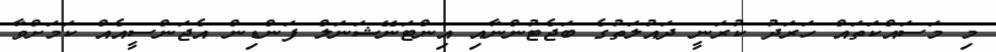
މި މަސައްކަތައް ހަރަދު ކުރަނީ ދައުލަތުގެ ބަޖެޓުންނާއި އިންޓަނޭޝަނަލް ފަންޑިން އެޖަންސީއެއް ކަމަށްވާ